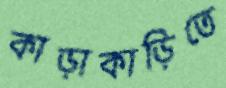
কাড়াকাড়িতে